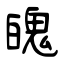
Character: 魄